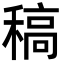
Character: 稿